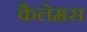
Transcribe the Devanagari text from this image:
कैलेमस